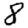
Digit: 8